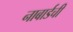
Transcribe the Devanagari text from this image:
नाबार्डची